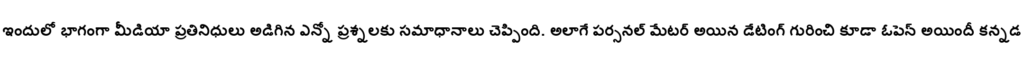
ఇందులో భాగంగా మీడియా ప్రతినిధులు అడిగిన ఎన్నో ప్రశ్నలకు సమాధానాలు చెప్పింది. అలాగే పర్సనల్ మేటర్ అయిన డేటింగ్ గురించి కూడా ఓపెన్ అయిందీ కన్నడ